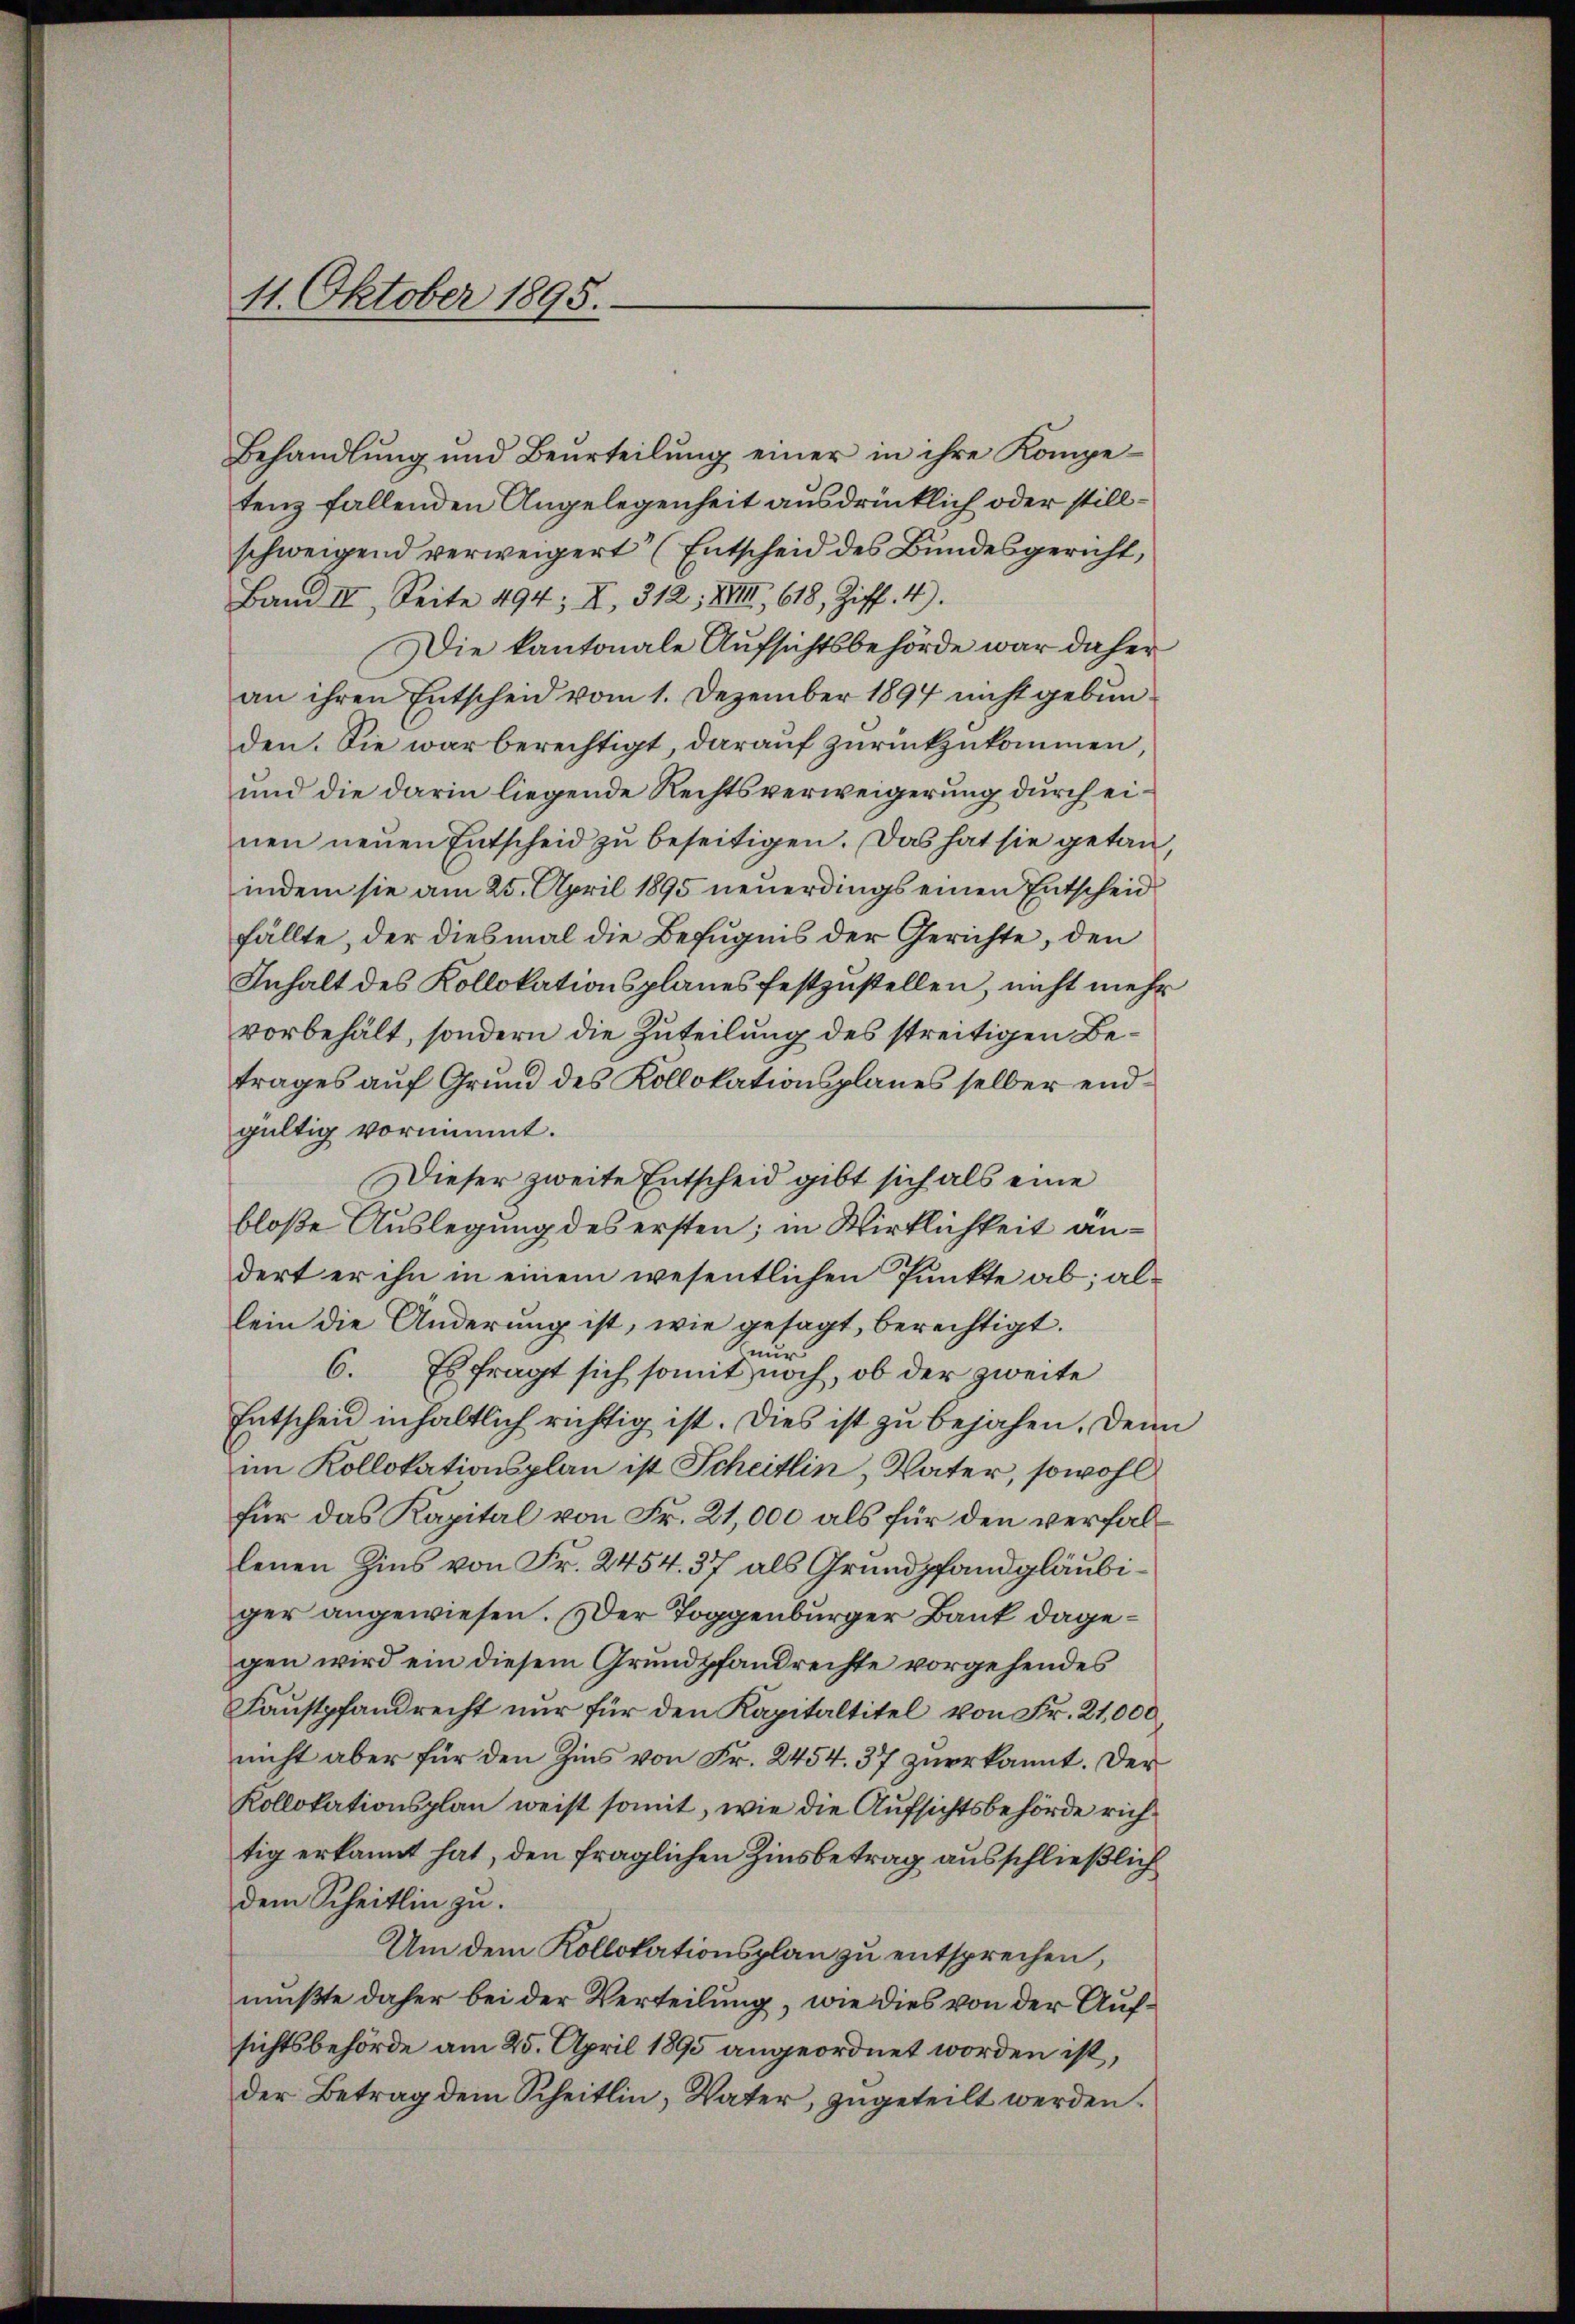
11. Oktober 1895.

Behandlung und Beurteilŭng einer in ihre Kompe-
tenz fallenden Angelegenheit ausdrücklich oder stillschweigend verweigert (Entscheid des Bundesgericht,
Band III. Seite 494; XI, 312; XVIII 618, Ziff. 4).
Die kantonale Aufsichtsbehörde war daher
an ihren Entscheid vom 1. Dezember 1894 nicht gebunden. Sie war berechtigt, darauf zurückzukommen,
und die darin liegende Rechtsverweigerung durch einen neŭen Entscheid zŭ beseitigen. Das hat sie getan,
indem sie am 25. April 1895 neuerdings einen Entscheid
fällte, der diesmal die Befugnis der Gerichte, den
Inhalt des Kollokationsplanes festzustellen, nicht mehr
vorbehält, sondern die Zuteilung des streitigen Betrages auf Grund des Kollokationsplanes selber endgültig vornimmt.
Dieser zweite Entscheid gibt sich als eine
bloße Auslegung des ersten; in Wirklichkeit andert er ihn in einem wesentlichen Punkte ab; allein die Änderung ist, wie gesagt, berechtigt.
mu
er
6. Es fragt sich somit noch, ob der zweite
Entscheid inhaltlich richtig ist. Dies ist zu bejahen. Denn
im Kollokationsplan ist Scheitlin, Vater, sowohl
für das Kapital von Fr. 21,000 als für den verfallenen Zins von Fr. 2454. 37 als Grundpfandgläubiger angewiesen. Der Toggenburger Bank dagegen wird ein diesem Grundpfandrechte vorgehendes
Faustpfandrecht nur für den Kapitaltitel von Fr. 21,000.
nicht aber für den Zins von Fr. 2454. 37 zuerkannt. Der
Kollokationsplan weist somit, wie die Aufsichtsbehörde richtig erkannt hat, den fraglichen Zinsbetrag ausschließlich
dem Scheitlin zu.
Um dem Kollokationsplan zu entsprechen,
mußte daher bei der Verteilung, wie dies von der Aufsichtsbehörde am 25. April 1895 angeordnet worden ist,
der Betrag dem Scheitlin, Vater, zugeteilt werden.